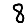
Digit: 8